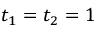
t _ { 1 } = t _ { 2 } = 1